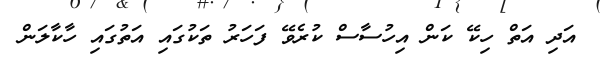
އަދި އަތް ހިކޭ ކަން އިހުސާސް ކުރެވޭ ފަހަރު ތަކުގައި އަތުގައި ހާކާލަން